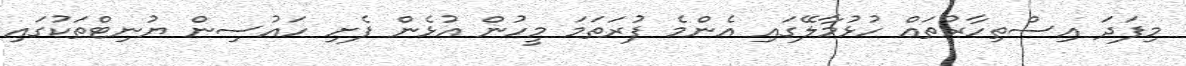
މިފަދަ އިސްތިހާރުތައް ހުޅުމާލޭގައި އެންމެ ފުރަތަމަ މީހުން އުޅެން ފެށި ހައުސިން ޔުނިޓްތަކުގައި